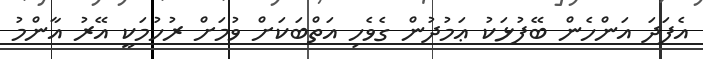
އެފަދަ އަންހެން ބޭފުޅަކު ޢަމުދުން ގެވެހި އަތްބަކަށް ވުމަށް ރުހުމަކީ އޭރު އާންމު